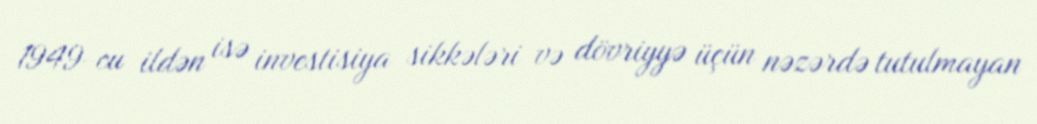
1949-cu ildən isə investisiya sikkələri və dövriyyə üçün nəzərdə tutulmayan